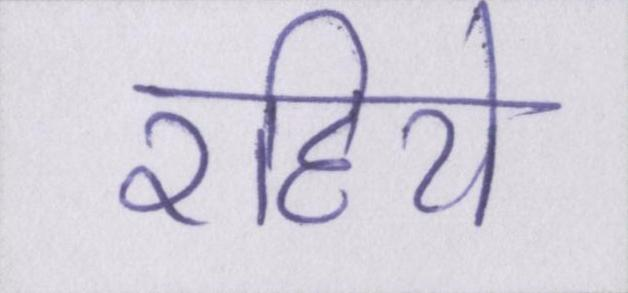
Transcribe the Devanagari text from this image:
रहिये